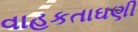
વાહકતાઘણી